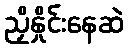
ညှိနှိုင်းနေဆဲ